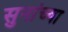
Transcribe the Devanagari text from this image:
सुनांच्या